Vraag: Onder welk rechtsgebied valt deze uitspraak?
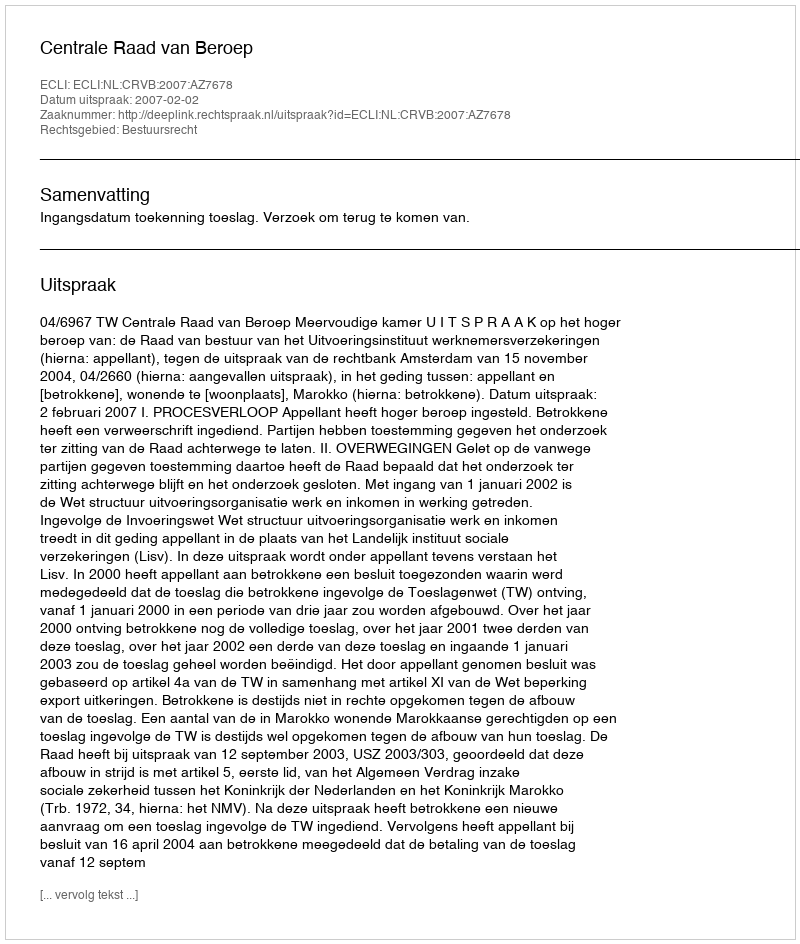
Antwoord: Bestuursrecht